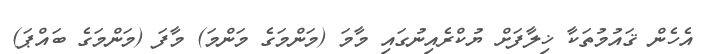
އެހެން ޤައުމުތަކާ ޚިލާފަށް ޔުކްރެއިނުގައި މާމަ (މަންމަގެ މަންމަ) މާފަ (މަންމަގެ ބައްޕަ)